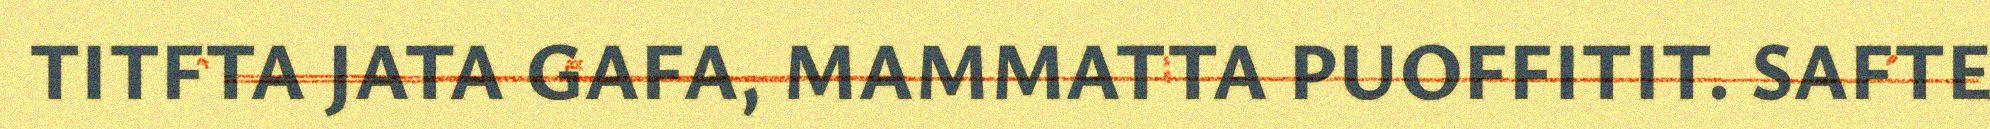
TITFTA JATA GAFA, MAMMATTA PUOFFITIT. SAFTE